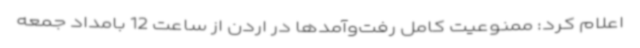
اعلام کرد: ممنوعیت کامل رفت‌وآمدها در اردن از ساعت 12 بامداد جمعه